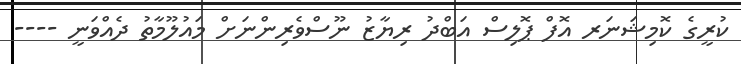
ކުރީގެ ކޮމިޝަނަރ އޮފް ޕޮލިސް އަބްދު ރިޔާޒު ނޫސްވެރިންނަށް މައުލޫމާތު ދެއްވަނީ ----